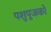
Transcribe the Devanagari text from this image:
पशुपूजकों